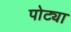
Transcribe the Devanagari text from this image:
पोट्या